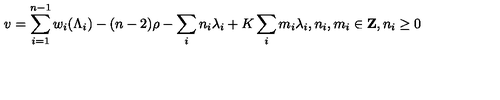
v = \sum _ { i = 1 } ^ { n - 1 } w _ { i } ( \Lambda _ { i } ) - ( n - 2 ) \rho - \sum _ { i } n _ { i } \lambda _ { i } + K \sum _ { i } m _ { i } \lambda _ { i } , n _ { i } , m _ { i } \in { \bf Z } , n _ { i } \geq 0